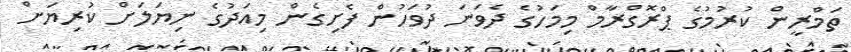
ތަމްރީން ކުރުމުގެ ޕްރޮގްރާމް މިމަހުގެ ދެވަނަ ދުވަހުން ފެށިގެން މިއަދުގެ ނިޔަލަށް ކުރިޔަށް